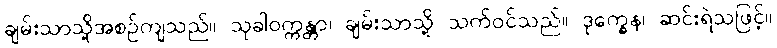
ချမ်းသာသို့အစဉ်ကျသည်။ သုခါဝက္ကန္တာ၊ ချမ်းသာသို့ သက်ဝင်သည်။ ဒုက္ခေန၊ ဆင်းရဲသဖြင့်။